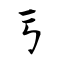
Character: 亏